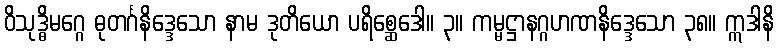
ဝိသုဒ္ဓိမဂ္ဂေ ဓုတင်္ဂနိဒ္ဒေသော နာမ ဒုတိယော ပရိစ္ဆေဒေါ။ ၃။ ကမ္မဋ္ဌာနဂ္ဂဟဏနိဒ္ဒေသော ၃၈။ ဣဒါနိ